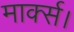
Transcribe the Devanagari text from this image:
मार्क्स।